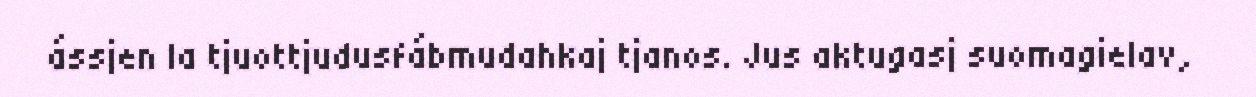
ássjen la tjuottjudusfábmudahkaj tjanos. Jus aktugasj suomagielav,